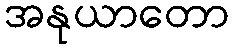
အနုယာတော